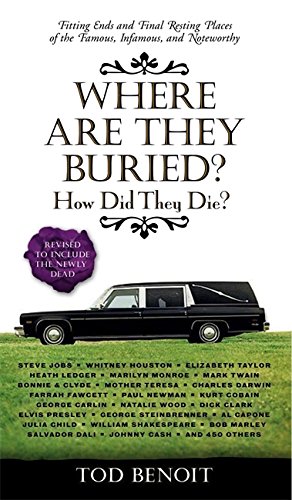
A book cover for Where Are They Buried?: How Did They Die? Fitting Ends and Final Resting Places of the Famous, Infamous, and Noteworthy; Tod Benoit; Politics & Social Sciences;